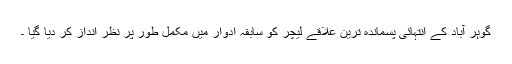
گوہر آباد کے انتہائی پسماندہ ترین علاقے لیچر کو سابقہ ادوار میں مکمل طور پر نظر انداز کر دیا گیا ۔